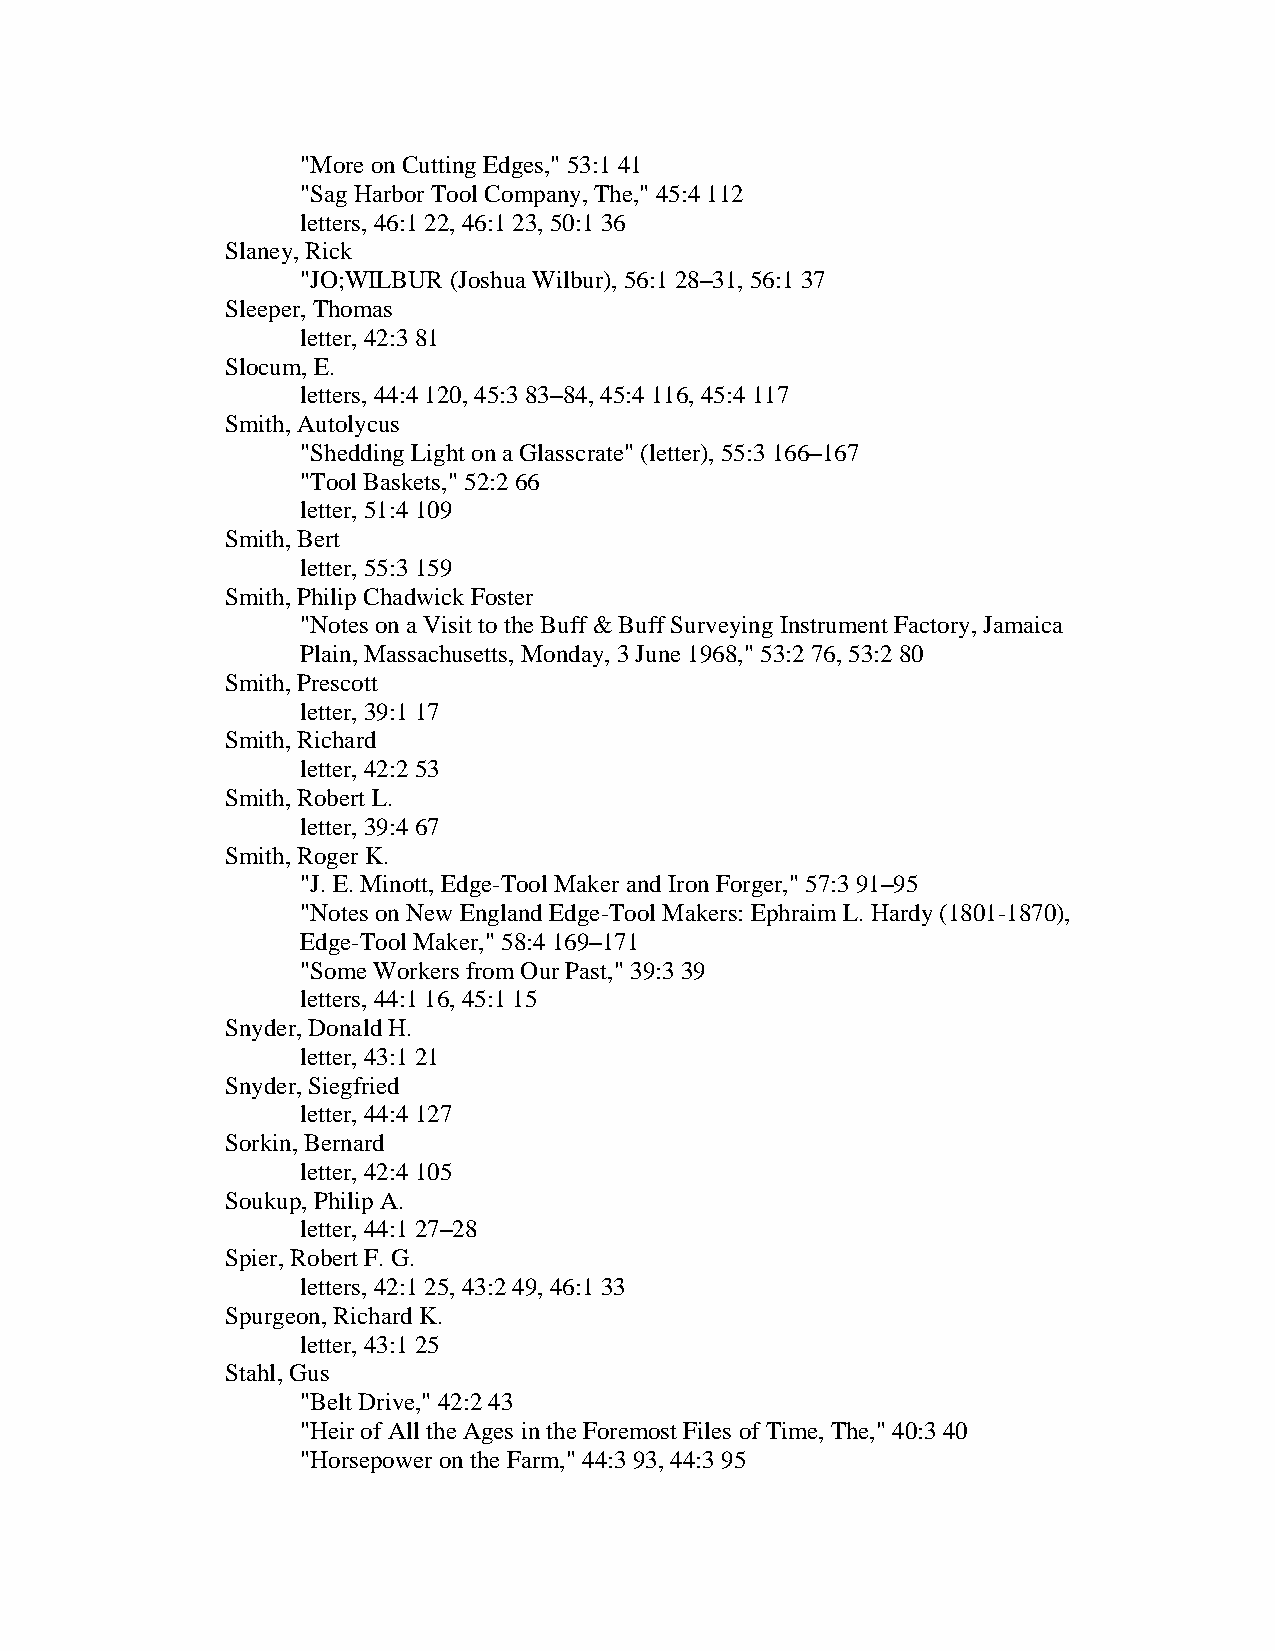
"More on Cutting Edges," 53:1 41
 "Sag Harbor Tool Company, The," 45:4 112
 letters, 46:1 22, 46:1 23, 50:1 36
 Slaney, Rick
 "JO;WILBUR (Joshua Wilbur), 56:1 28–31, 56:1 37
 Sleeper, Thomas
 letter, 42:3 81
 Slocum, E.
 letters, 44:4 120, 45:3 83–84, 45:4 116, 45:4 117
 Smith, Autolycus
 "Shedding Light on a Glasscrate" (letter), 55:3 166–167
 "Tool Baskets," 52:2 66
 letter, 51:4 109
 Smith, Bert
 letter, 55:3 159
 Smith, Philip Chadwick Foster
 "Notes on a Visit to the Buff & Buff Surveying Instrument Factory, Jamaica
 Plain, Massachusetts, Monday, 3 June 1968," 53:2 76, 53:2 80
 Smith, Prescott
 letter, 39:1 17
 Smith, Richard
 letter, 42:2 53
 Smith, Robert L.
 letter, 39:4 67
 Smith, Roger K.
 "J. E. Minott, Edge-Tool Maker and Iron Forger," 57:3 91–95
 "Notes on New England Edge-Tool Makers: Ephraim L. Hardy (1801-1870),
 Edge-Tool Maker," 58:4 169–171
 "Some Workers from Our Past," 39:3 39
 letters, 44:1 16, 45:1 15
 Snyder, Donald H.
 letter, 43:1 21
 Snyder, Siegfried
 letter, 44:4 127
 Sorkin, Bernard
 letter, 42:4 105
 Soukup, Philip A.
 letter, 44:1 27–28
 Spier, Robert F. G.
 letters, 42:1 25, 43:2 49, 46:1 33
 Spurgeon, Richard K.
 letter, 43:1 25
 Stahl, Gus
 "Belt Drive," 42:2 43
 "Heir of All the Ages in the Foremost Files of Time, The," 40:3 40
 "Horsepower on the Farm," 44:3 93, 44:3 95